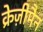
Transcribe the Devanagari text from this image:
क्रेज़ीमैन